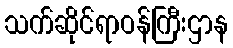
သက်ဆိုင်ရာဝန်ကြီးဌာန